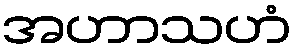
အဟာသဟံ